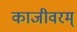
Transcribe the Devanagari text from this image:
काजीवरम्